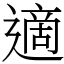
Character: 適